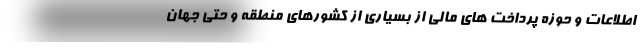
اطلاعات و حوزه پرداخت های مالی از بسیاری از کشورهای منطقه و حتی جهان